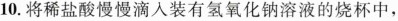
10.将稀盐酸慢慢滴入装有氢氧化钠溶液的烧杯中，